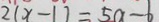
2 ( x - 1 ) = 5 a = 6